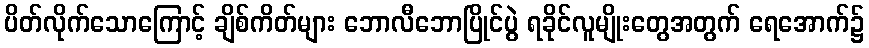
ပိတ်လိုက်သောကြောင့် ချိစ်ကိတ်များ ဘောလီဘောပြိုင်ပွဲ ရခိုင်လူမျိုးတွေအတွက် ရေအောက်၌